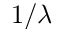
1 / \lambda